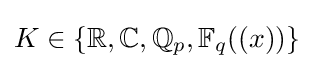
K\in \{\mathbb {R} ,\mathbb {C} ,\mathbb {Q} _{p},\mathbb {F} _{q}((x))\}